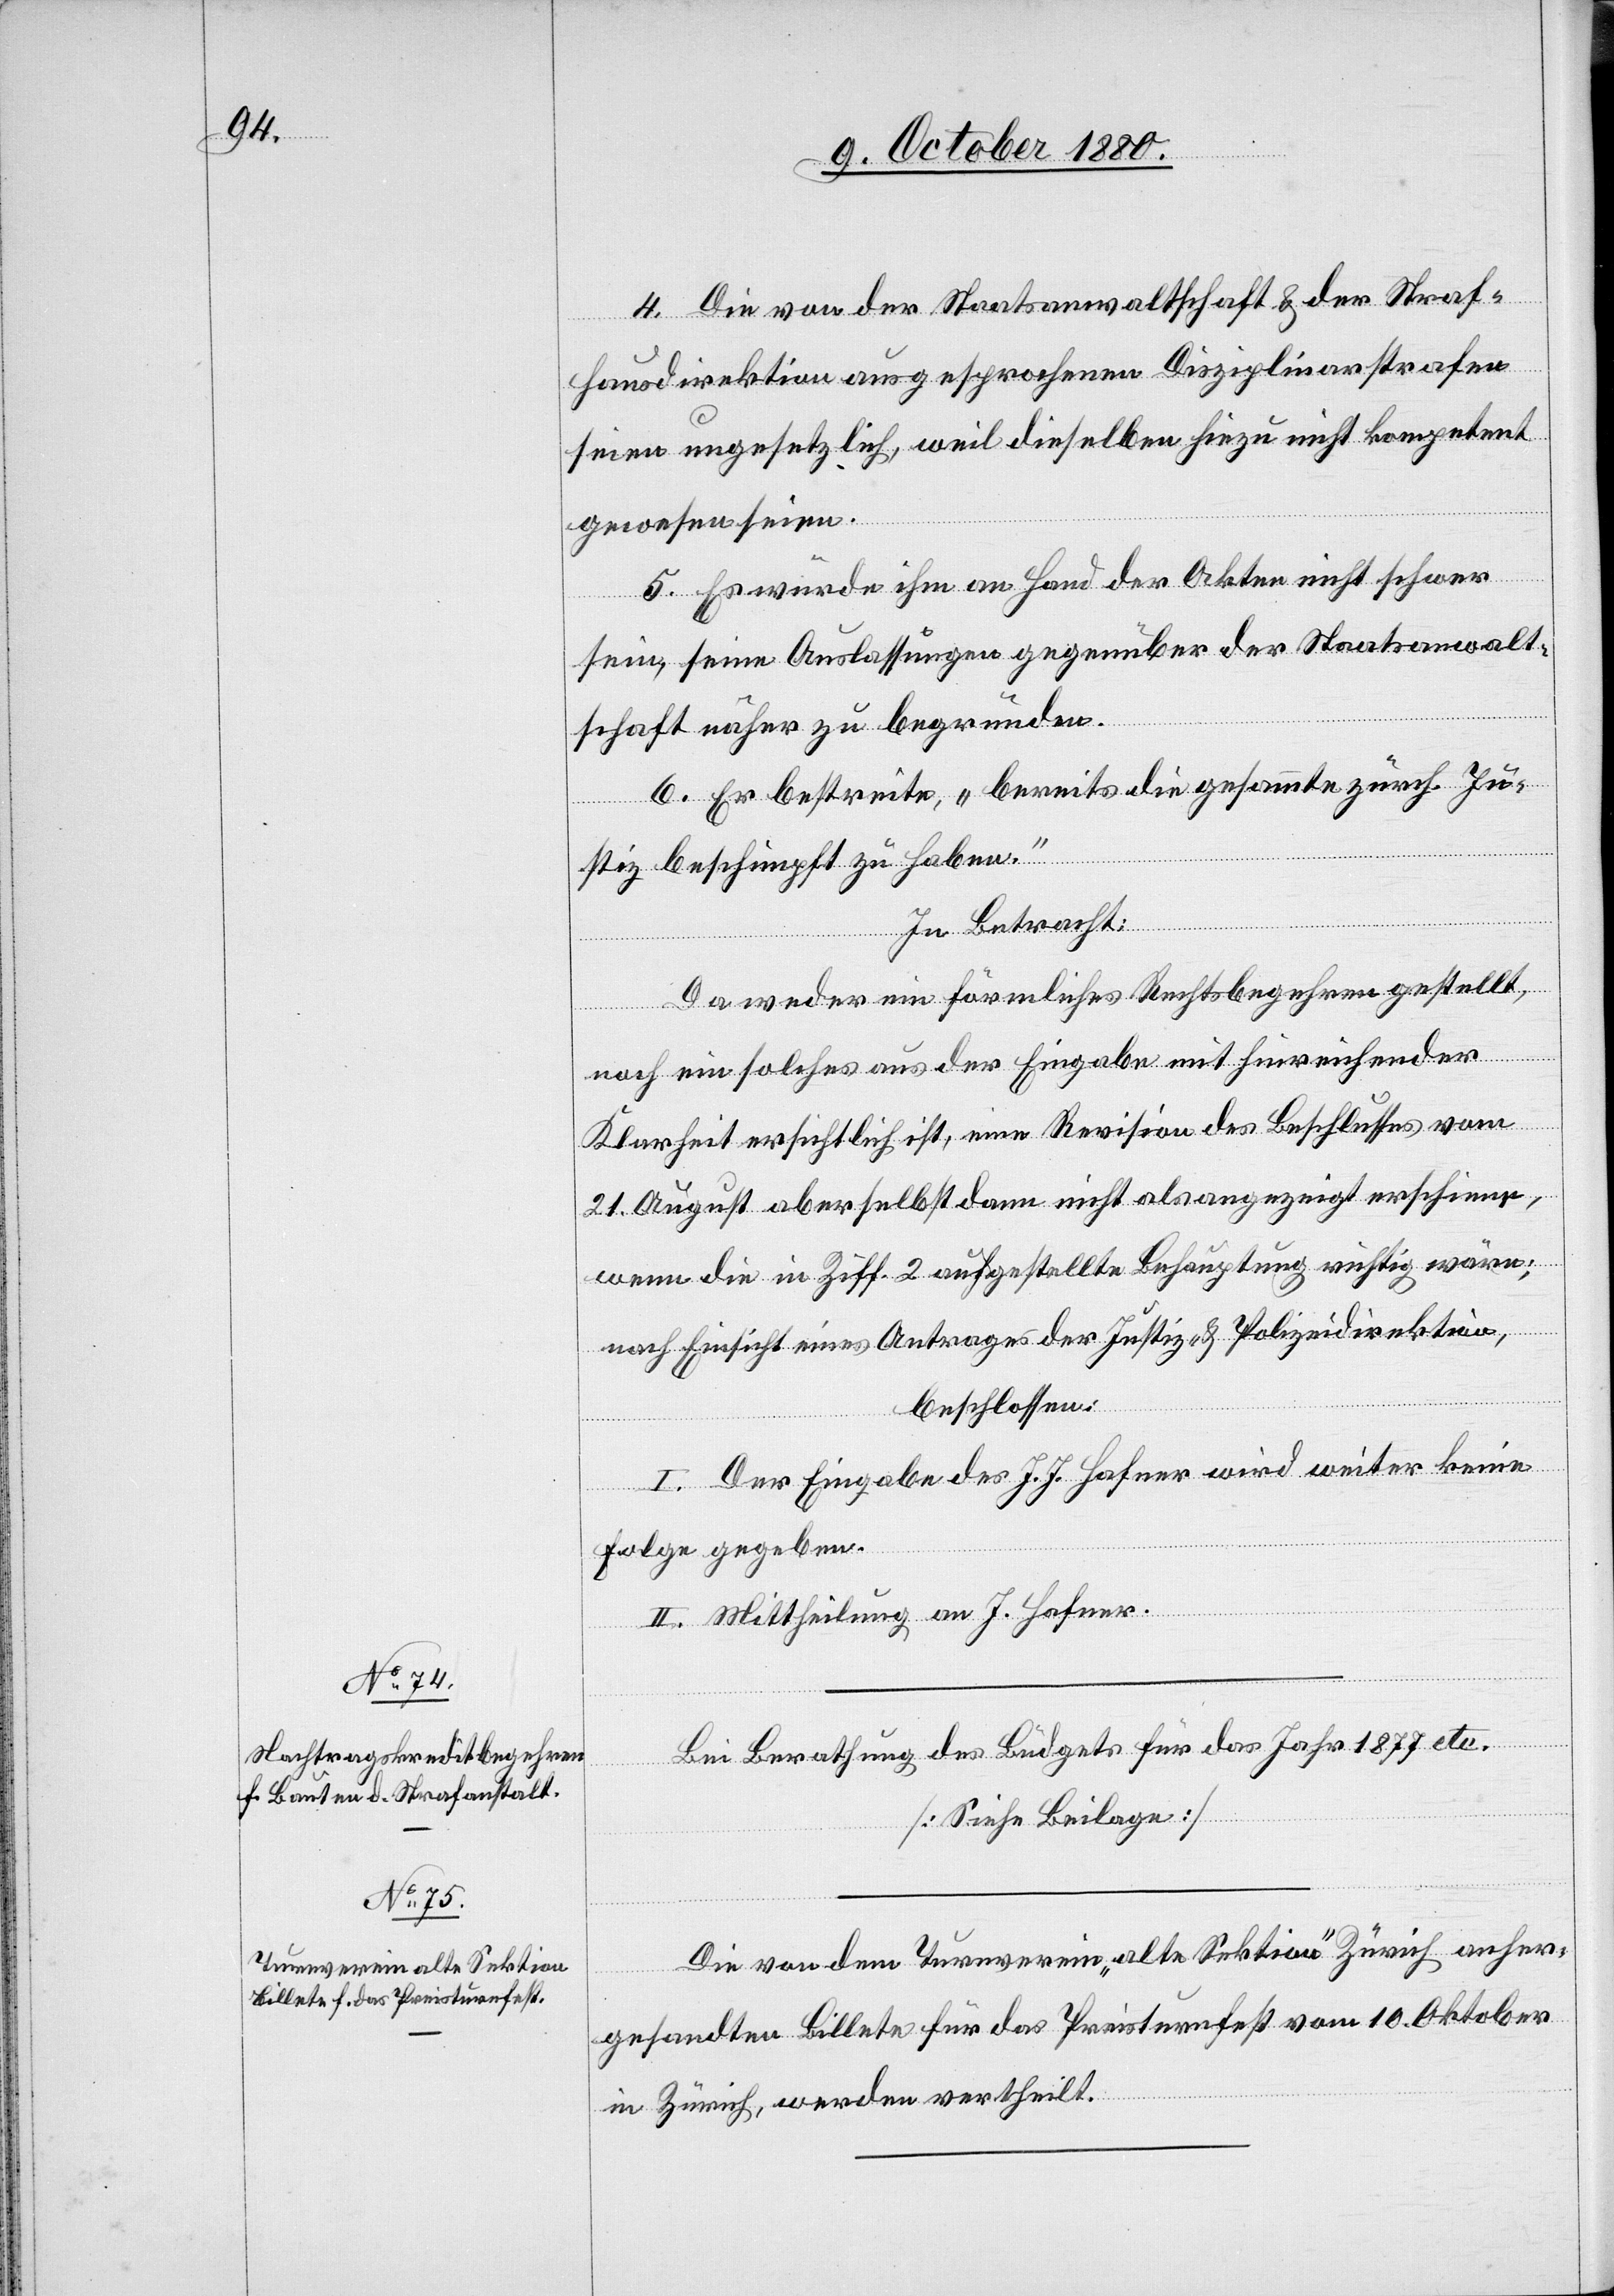
4. Die von der Staatsanwaltschaft & der Straf¬
hausdirektion ausgesprochenen Disziplinarstrafen
seien ungesetzlich, weil dieselben hiezu nicht kompetent
gewesen seien.
5. Es würde ihm an Hand der Akten nicht schwer
sein, seine Auslassungen gegenüber der Staatsanwalt¬
schaft näher zu begründen.
6. Er bestreite, „bereits die gesammte zürch. Ju¬
stiz beschimpft zu haben.“
In Betracht:
Da weder ein förmliches Rechtbegehren gestellt,
noch ein solches aus der Eingabe mit hinreichender
Klarheit ersichtlich ist, eine Revision des Beschlusses vom
21. August aber selbst dann nicht als angezeigt erscheine,
wenn die in Ziff. 2. aufgestellte Behauptung richtig wäre;
nach Einsicht eines Antrages der Justiz- & Polizeidirektion,
beschlossen:
I. Der Eingabe des J. J. Hafner wird weiter keine
Folge gegeben.
II. Mittheilung an J. Hafner.
Bei Berathung des Budgets für das Jahr 1877 etc.
[Siehe Beilage]
Die von dem Turnverein „alte Sektion“ Zürich anher¬
gesandten Billete für das Preisturnfest vom 10. Oktober
in Zürich, werden vertheilt.